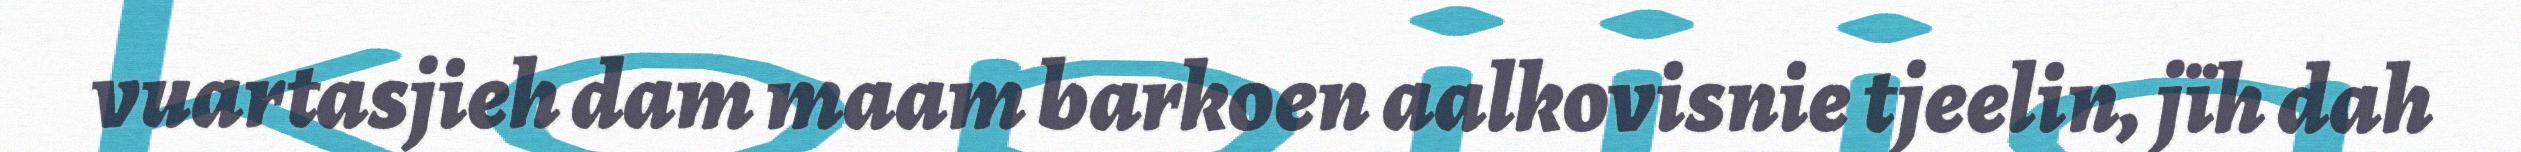
vuartasjieh dam maam barkoen aalkovisnie tjeelin, jïh dah